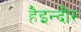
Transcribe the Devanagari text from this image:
हैइन्दौर